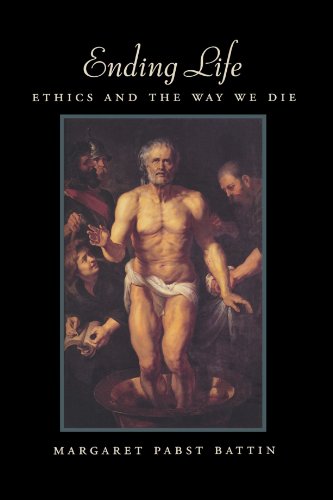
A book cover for Ending Life: Ethics and the Way We Die; Margaret Pabst Battin; Law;